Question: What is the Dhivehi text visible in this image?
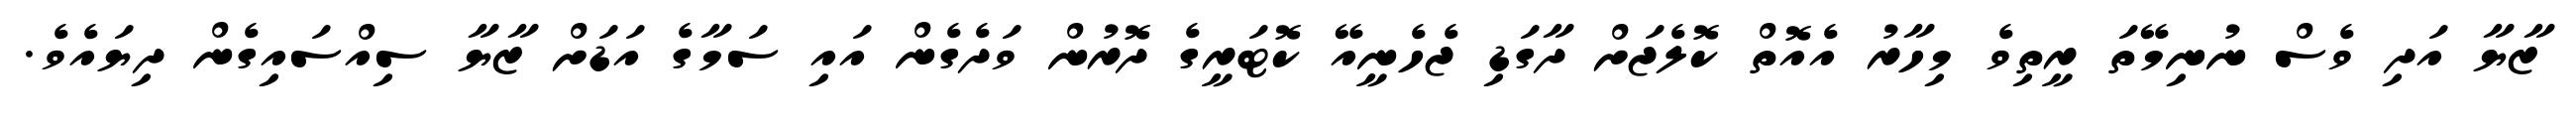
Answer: ޒާޔާ އަދި ވެސް ނުނިމޭތަ ރީތިވެ މިހާރު އެއޮތް ކޮލެޖަށް ދާގަޑި ޖެހެނީއޭ ކޮޓަރީގެ ދޮރުން ވަދެގެން އައި ސަމާގެ އަޑަށް ޒާޔާ ސިއްސައިގެން ދިޔައެވެ.